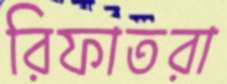
রিফাতরা